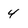
Character: 4